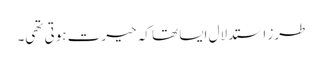
طرز استدلال ایسا تھا کہ حیرت ہوتی تھی۔